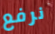
نرفع